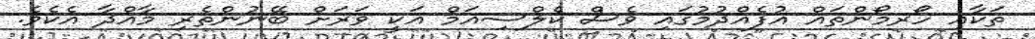
ތަކާއި ހޯރމޯންތައް އުފެއްދުމުގައި ވެސް ކެލްސިއަމް އަކީ ވަރަށް ބޭނުންތެރި މާއްދާ އެކެވެ.